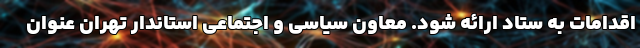
اقدامات به ستاد ارائه شود. معاون سیاسی و اجتماعی استاندار تهران عنوان